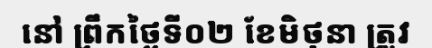
នៅ ព្រឹកថ្ងៃទី០២ ខែមិថុនា ត្រូវ